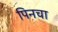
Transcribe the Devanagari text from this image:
पिनचा